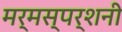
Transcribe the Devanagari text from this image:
मर्मस्पर्शनी